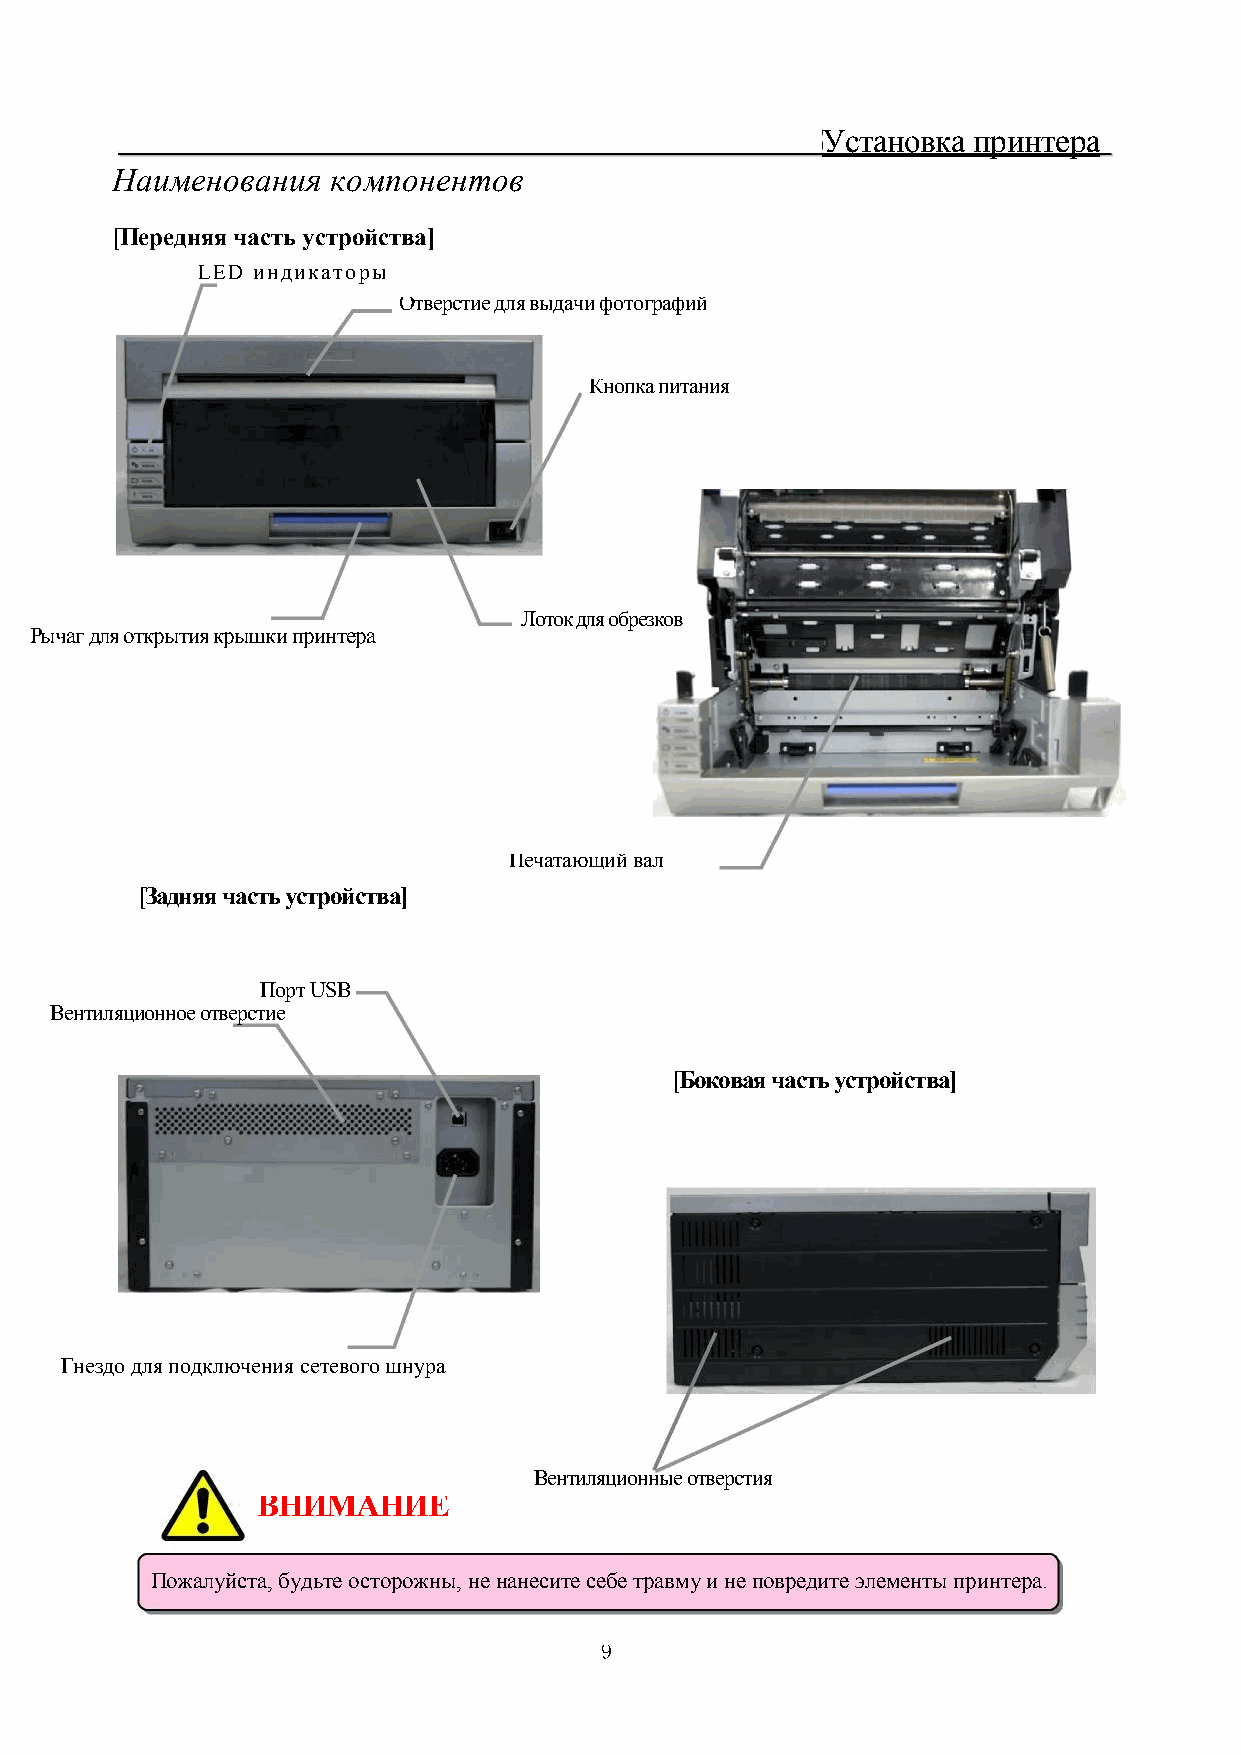
Установка принтера
 Наименования   компонентов
 [Передняя часть устройства]
 LED индикаторы
 Отверстие для выдачи фотографий
 Кнопка питания
 Лоток для обрезков
 Рычаг для открытия крышки принтера
 Печатающий вал
 [Задняя часть устройства]
 Порт USB
 Вентиляционное отверстие
 [Боковая часть устройства]
 Гнездо для подключения сетевого шнура
 Вентиляционные отверстия
 ВНИМАНИЕ
 Пожалуйста, будьте осторожны, не нанесите себе травму и не повредите элементы принтера.
 9